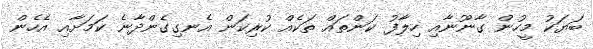
ބަޔަކު މީހުން ގާނޫނާއި ހިލާފު ކަންތައް ތަކެއް ކުރިކަން އެނގިގެންދާނެ ކަމަށާއި އެހެން